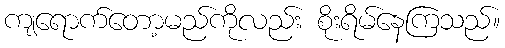
ကျရောက်တော့မည်ကိုလည်း စိုးရိမ်နေကြသည်။